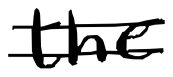
Text: the
Cross-out: double-line
Writing tool: digital_black